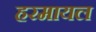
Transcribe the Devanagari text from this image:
हरमायल